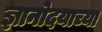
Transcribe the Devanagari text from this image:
ज्ञानोदयाच्या